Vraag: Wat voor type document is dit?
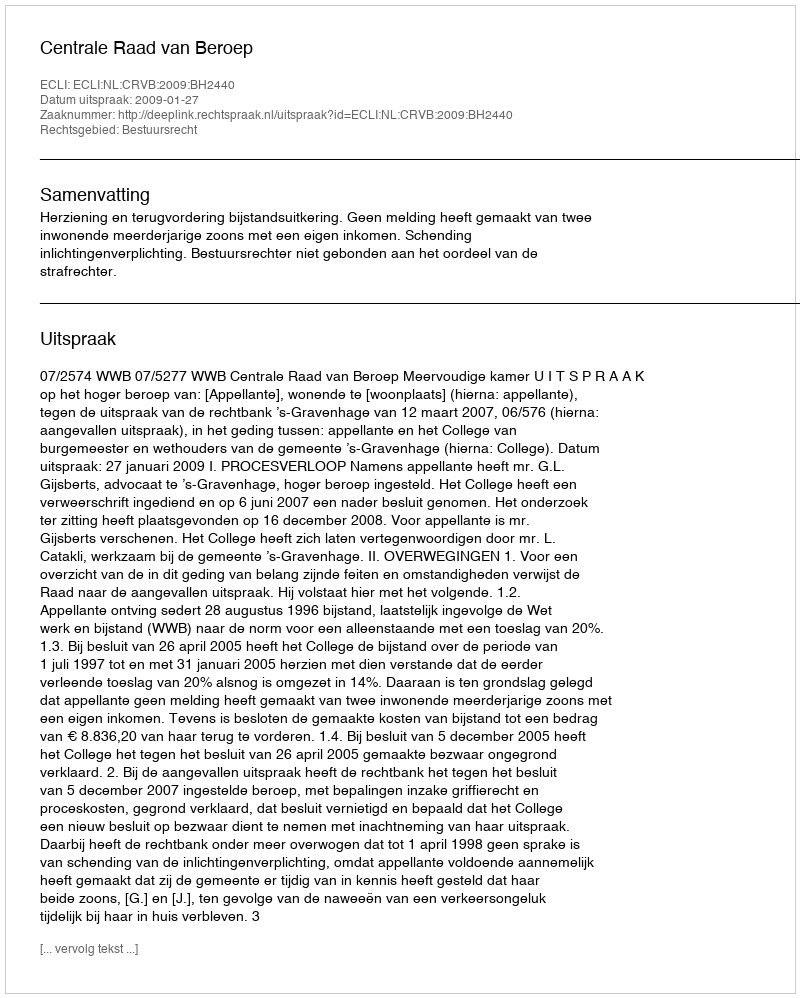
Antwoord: Uitspraak